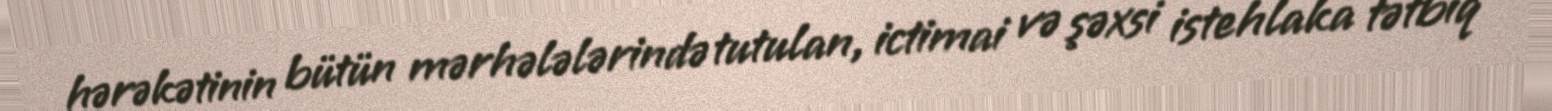
hərəkətinin bütün mərhələlərində tutulan, ictimai və şəxsi istehlaka tətbiq